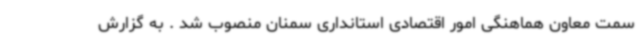
سمت معاون هماهنگی امور اقتصادی استانداری سمنان منصوب شد . به گزارش